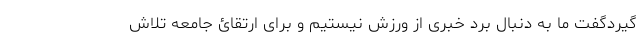
گیردگفت ما به دنبال برد خبری از ورزش نیستیم و برای ارتقائ جامعه تلاش